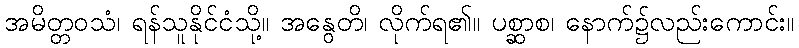
အမိတ္တဝသံ၊ ရန်သူနိုင်ငံသို့။ အနွေတိ၊ လိုက်ရ၏။ ပစ္ဆာစ၊ နောက်၌လည်းကောင်း။